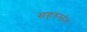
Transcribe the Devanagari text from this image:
सहरुस्तंभ